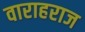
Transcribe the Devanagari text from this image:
वाराहराज